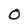
Character: O